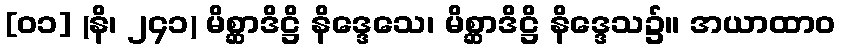
[၀၁] (နိ၊ ၂၄၁) မိစ္ဆာဒိဋ္ဌိ နိဒ္ဒေသေ၊ မိစ္ဆာဒိဋ္ဌိ နိဒ္ဒေသ၌။ အယာထာဝ